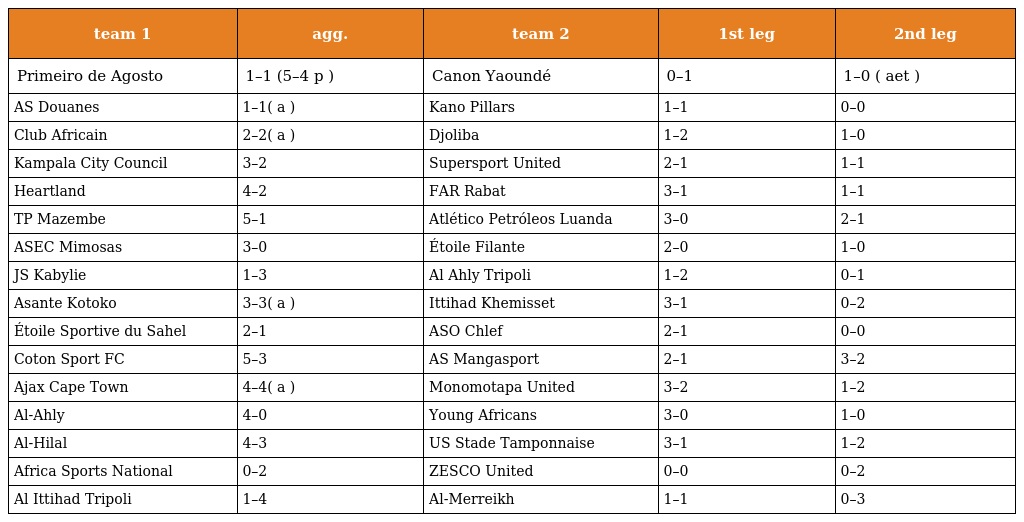
| team 1 | agg. | team 2 | 1st leg | 2nd leg |
 | --- | --- | --- | --- | --- |
 | Primeiro de Agosto | 1–1 (5–4 p ) | Canon Yaoundé | 0–1 | 1–0 ( aet ) |
 | AS Douanes | 1–1( a ) | Kano Pillars | 1–1 | 0–0 |
 | Club Africain | 2–2( a ) | Djoliba | 1–2 | 1–0 |
 | Kampala City Council | 3–2 | Supersport United | 2–1 | 1–1 |
 | Heartland | 4–2 | FAR Rabat | 3–1 | 1–1 |
 | TP Mazembe | 5–1 | Atlético Petróleos Luanda | 3–0 | 2–1 |
 | ASEC Mimosas | 3–0 | Étoile Filante | 2–0 | 1–0 |
 | JS Kabylie | 1–3 | Al Ahly Tripoli | 1–2 | 0–1 |
 | Asante Kotoko | 3–3( a ) | Ittihad Khemisset | 3–1 | 0–2 |
 | Étoile Sportive du Sahel | 2–1 | ASO Chlef | 2–1 | 0–0 |
 | Coton Sport FC | 5–3 | AS Mangasport | 2–1 | 3–2 |
 | Ajax Cape Town | 4–4( a ) | Monomotapa United | 3–2 | 1–2 |
 | Al-Ahly | 4–0 | Young Africans | 3–0 | 1–0 |
 | Al-Hilal | 4–3 | US Stade Tamponnaise | 3–1 | 1–2 |
 | Africa Sports National | 0–2 | ZESCO United | 0–0 | 0–2 |
 | Al Ittihad Tripoli | 1–4 | Al-Merreikh | 1–1 | 0–3 |